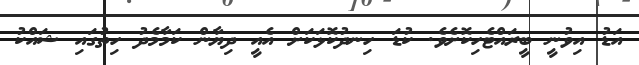
އަޑު އިވުނީ ބީރައްޓެހިކޮށެވެ. ކުޑަ ހިނދުކޮޅަކަށް އެއީ ދިޔާން ކަމާމެދު ހިތުގައި ޝައްކު